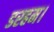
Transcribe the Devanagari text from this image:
डरहम।